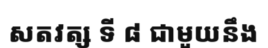
សតវត្ស ទី ៨ ជាមួយនឹង